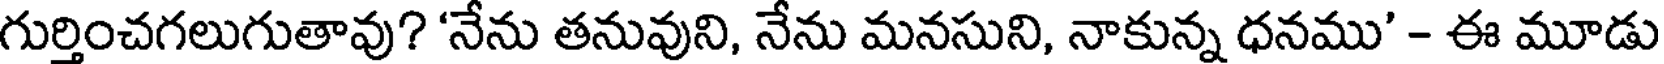
గుర్తించగలుగుతావు? 'నేను తనువుని, నేను మనసుని, నాకున్న ధనము' - ఈ మూడు